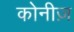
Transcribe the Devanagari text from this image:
कोनीज़